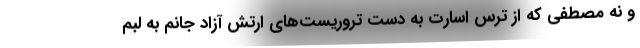
و نه مصطفی که از ترس اسارت به دست تروریست‌های ارتش آزاد جانم به لبم